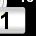
Digit: 1